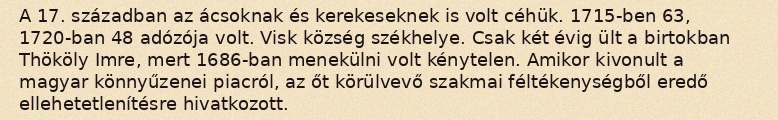
A 17. században az ácsoknak és kerekeseknek is volt céhük. 1715-ben 63, 1720-ban 48 adózója volt. Visk község székhelye. Csak két évig ült a birtokban Thököly Imre, mert 1686-ban menekülni volt kénytelen. Amikor kivonult a magyar könnyűzenei piacról, az őt körülvevő szakmai féltékenységből eredő ellehetetlenítésre hivatkozott.